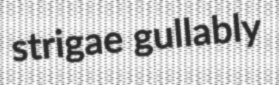
strigae gullably